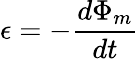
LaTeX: \epsilon=-\frac{d\Phi_{m}}{dt}